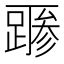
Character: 𲃻